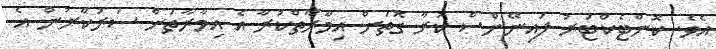
އެވެ. ކޮންޓެކްޓަރު ފައިނޭންސް ކުރާ ގޮތަށް އިމާރާތްކުރާ އެ އިމާރާތަށް ސަރުކާރުން އެ